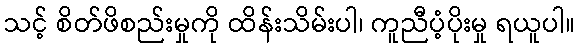
သင့် စိတ်ဖိစည်းမှုကို ထိန်းသိမ်းပါ၊ ကူညီပံ့ပိုးမှု ရယူပါ။